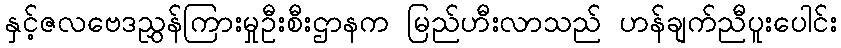
နှင့်ဇလဗေဒညွှန်ကြားမှုဦးစီးဌာနက မြည်ဟီးလာသည် ဟန်ချက်ညီပူးပေါင်း